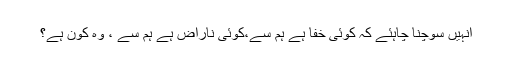
انہیں سوچنا چاہئے کہ کوئی خفا ہے ہم سے،کوئی ناراض ہے ہم سے ، وہ کون ہے؟